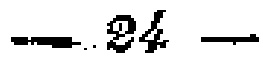
$- 24 -$